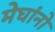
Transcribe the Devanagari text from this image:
मेघांनो